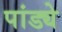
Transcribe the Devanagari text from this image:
पांड्ये